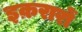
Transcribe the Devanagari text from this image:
इक़रारों